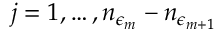
j = 1 , \dots , n _ { \epsilon _ { m } } - n _ { \epsilon _ { m + 1 } }